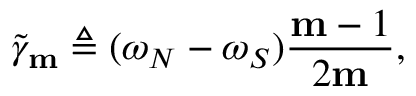
\widetilde { \gamma } _ { \mathbf { m } } \triangleq ( \omega _ { N } - \omega _ { S } ) \frac { \mathbf { m } - 1 } { 2 \mathbf { m } } ,